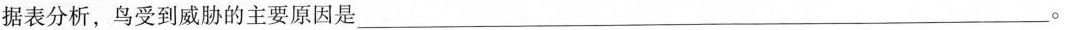
据表分析，鸟受到威胁的主要原因是___。